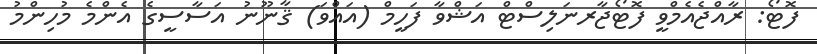
ފޮޓޯ: ރާއްޖެއެމްވީ ފޮޓޯޖާރނަލިސްޓް އަޝްވާ ފަހީމް (އައްވަ) ޤާނޫނު އަސާސީގެ އެންމެ މުހިންމު